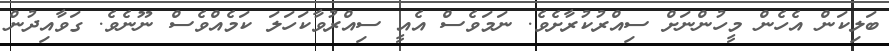
ބަލިކަން އެހެން މީހުންނަށް ސިއްރުކުރާށެވެ. ނަމަވެސް އެއީ ސިއްރުވާކަހަލަ ކަމެއްވެސް ނޫނެވެ. ގަވާއިދުން